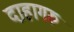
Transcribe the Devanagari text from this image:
दाहागरु